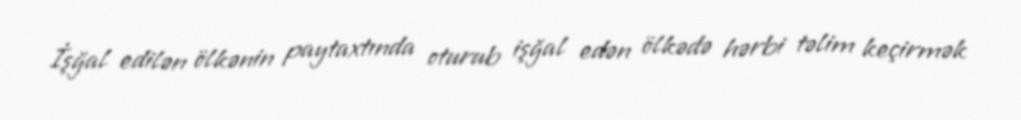
İşğal edilən ölkənin paytaxtında oturub işğal edən ölkədə hərbi təlim keçirmək